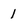
Character: 1